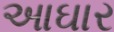
આઘાર